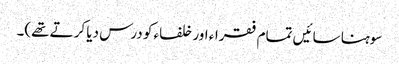
سوہنا سائیں تمام فقراء اور خلفاء کو درس دیا کرتے تھے)۔